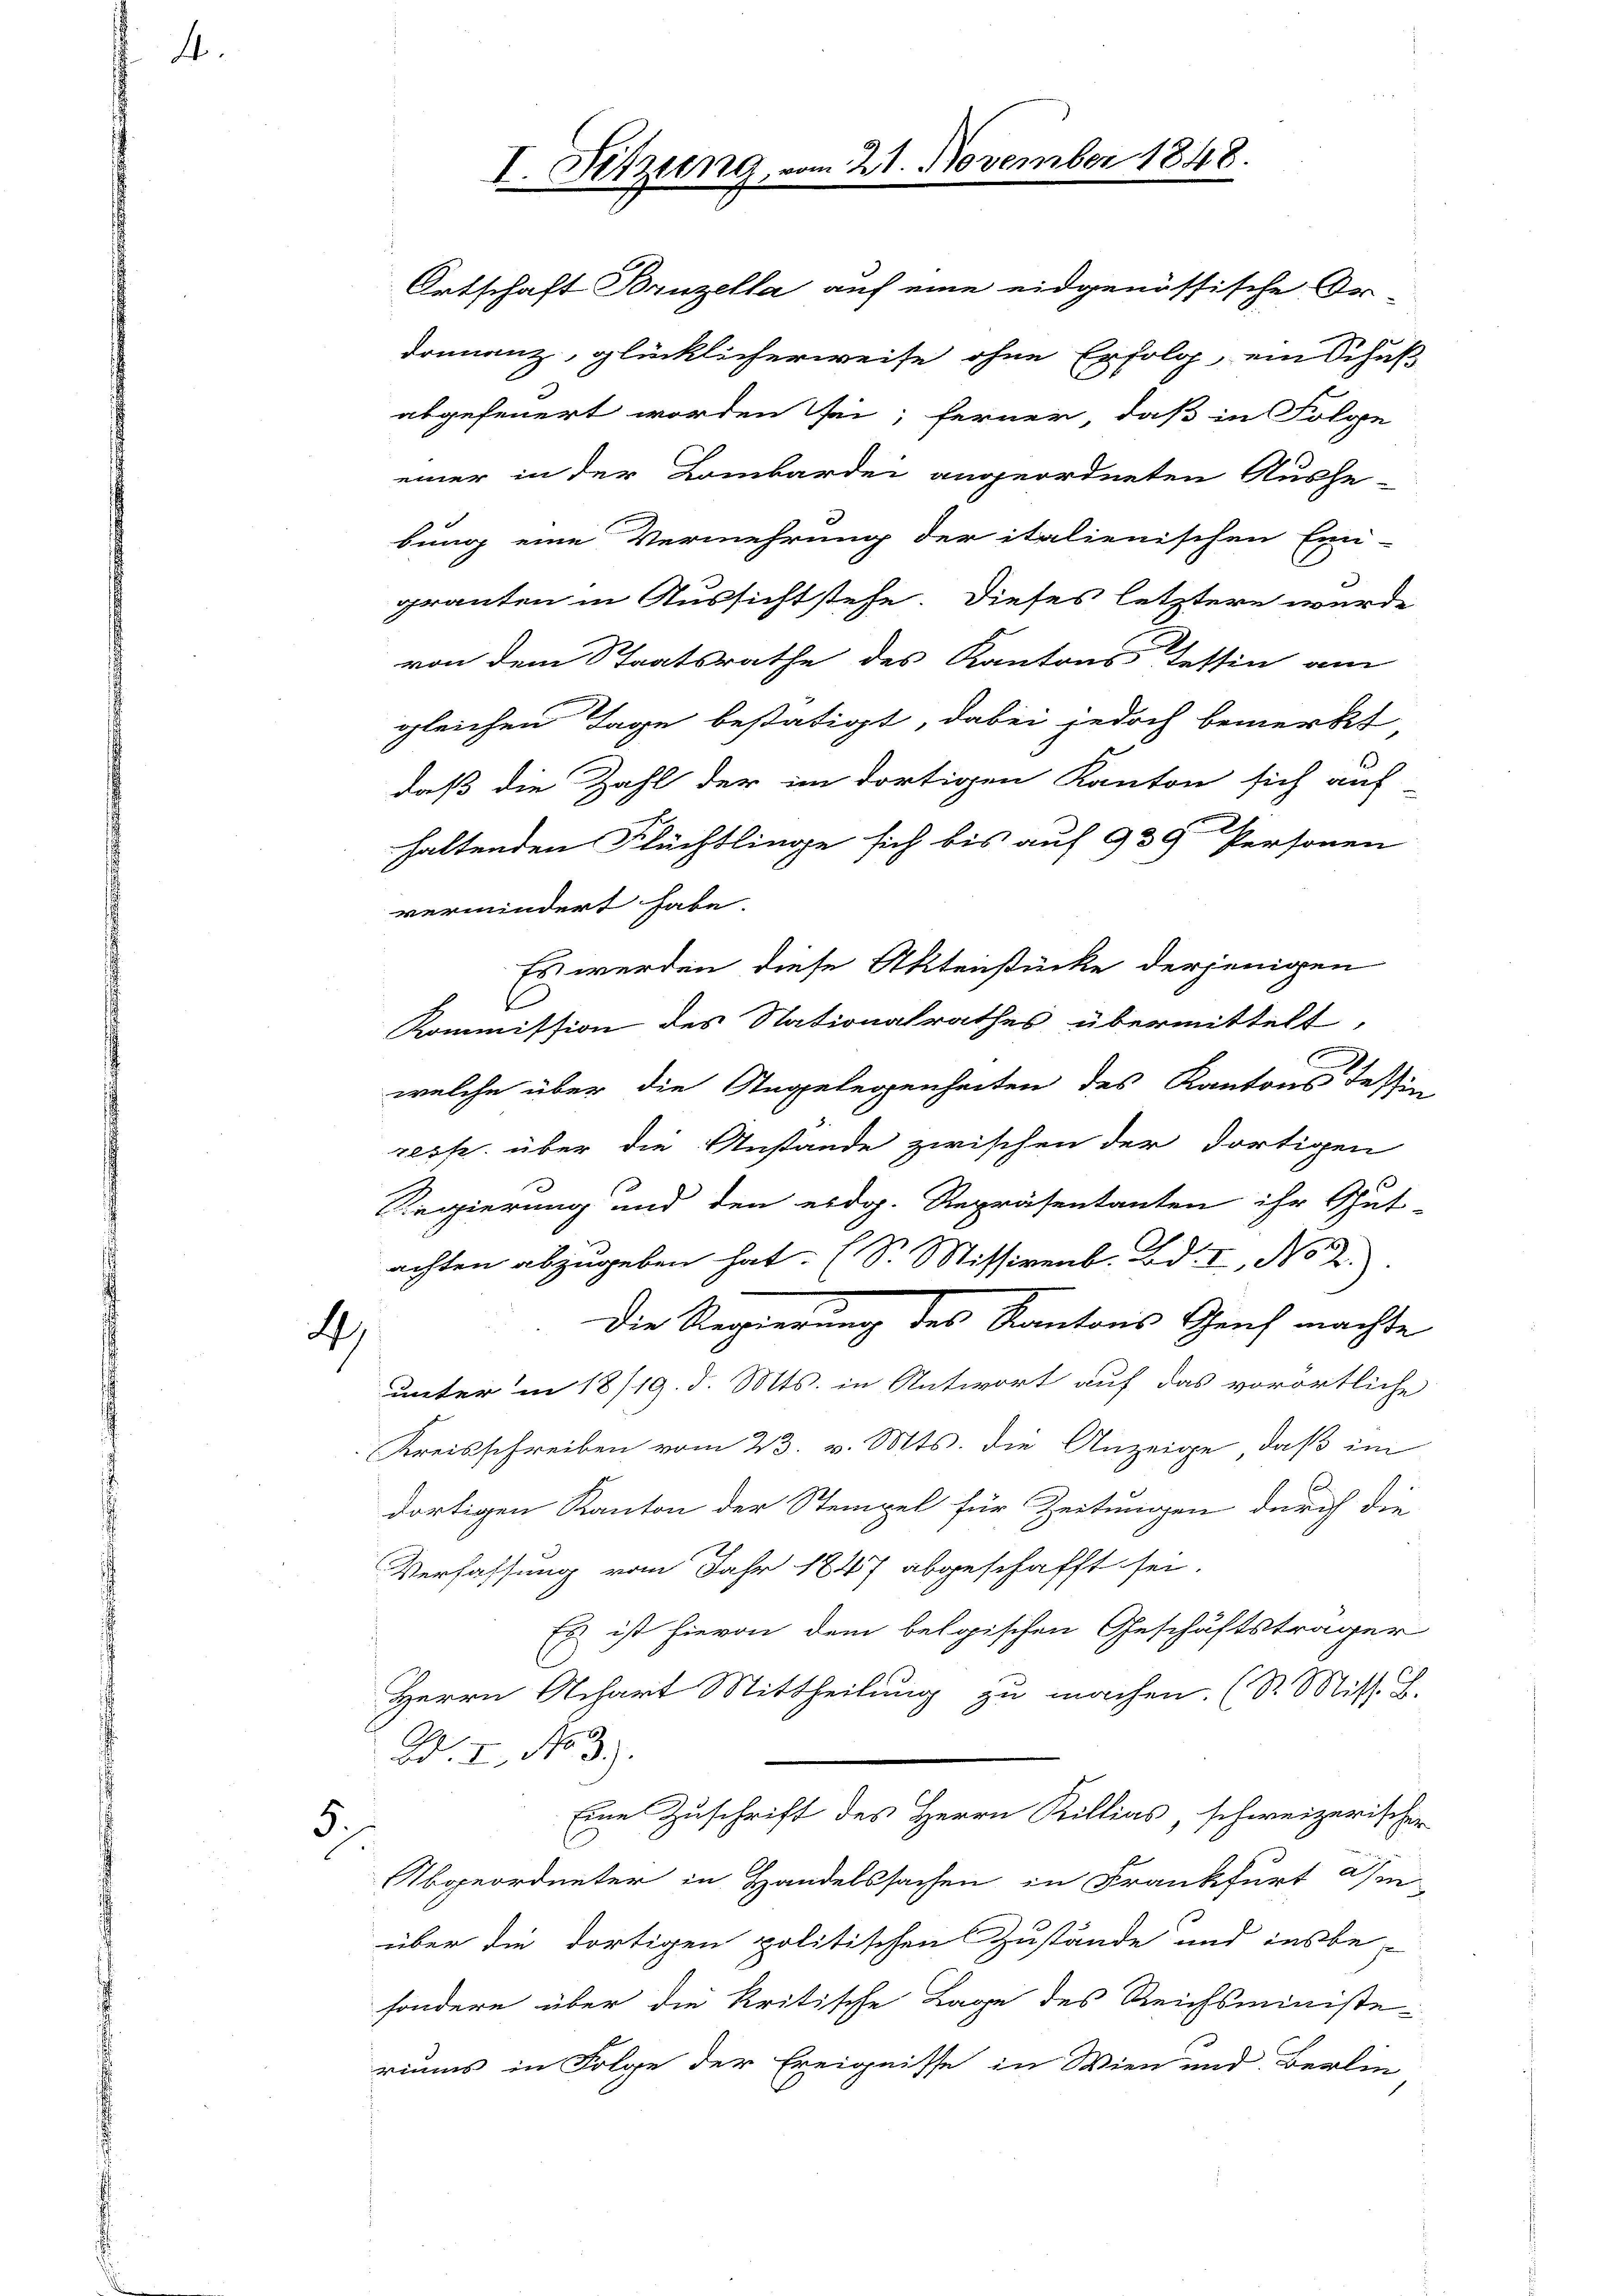
4.

4)

5.

I. Sitzung vom 21. November 1848.
Ortschaft Bruzella auf eine eidgenössische Or-

donnanz, glücklicherweise ohne Erfolg, ein Schuß
abgefeuert worden sei; ferner, daß in Folge
einer in der Lombardei angeordneten Aushe-
bung eine Vermehrung der italienischen Ein-
granten in Aussichtstehe. Dieses letztere wurde
von dem Staatsrathe des Kantons Tessin am
gleichen Tage bestätigt, dabei jedoch bemerkt
daß die Zahl der im dortigen Kanton sich auf-
haltenden Flüchtlinge sich bis auf 939 Personen
vermindert habe.
Es werden diese Aktenstücke derjenigen
Kommission des Nationalrathes übermittelt,
welche über die Angelegenheiten des Kantons Tessin
resp. über die Anstande zwischen der dortigen
Regierung und den eidg. Repräsentanten ihr Gut-
achten abzugeben hat. (S. Missivenb. Bd. I, No 2.
Die Regierung des Kantons Genf machte
unter in 18/19. d. Mts. in Antwort auf das vorörtliche
Kreisschreiben vom 23. v. Mts. die Anzeige, daß im
dortigen Kanton der Stempel für Zeitungen durch die
Verfassung vom Jahr 1847 abgeschafft sei.
Es ist hievon dem belgischen Geschäftsträger
Herrn Achart Mittheilung zu machen. (Dr. Mits. Z.
B. I, No 3.
Eine Zuschrift des Herrn Billias, schweizerischer
Abgeordneter in Handelssachen in Frankfurt Isi-
über die dortigen politischen Zustände und insbe-
sondern über die kritische Lage des Reichsministeriums in Folge der Ereignisse in Wien und Berlin